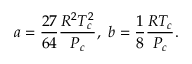
a = \frac { 2 7 } { 6 4 } \frac { R ^ { 2 } T _ { c } ^ { 2 } } { P _ { c } } , \ b = \frac { 1 } { 8 } \frac { R T _ { c } } { P _ { c } } .